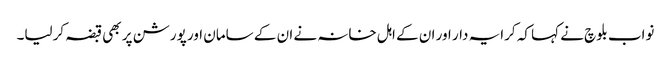
نواب بلوچ نے کہا کہ کرایہ دار اور ان کے اہل خانہ نے ان کے سامان اور پورشن پر بھی قبضہ کرلیا۔